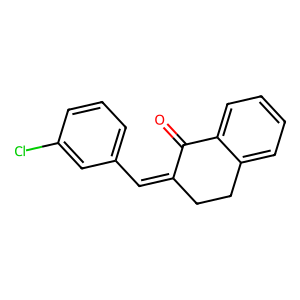
SMILES: O=C1C(=Cc2cccc(Cl)c2)CCc2ccccc21
Inhibits HIV replication: No